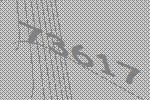
73617